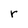
Character: r